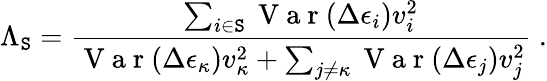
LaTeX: \Lambda_{\mathtt{S}}=\frac{{\sum_{i\in\mathtt{S}}\mathrm{{~V~a~r~}}(\Delta\epsilon_{i})v_{i}^{2}}}{{\mathrm{{~V~a~r~}}(\Delta\epsilon_{\kappa})v_{\kappa}^{2}+\sum_{j\neq\kappa}\mathrm{{~V~a~r~}}(\Delta\epsilon_{j})v_{j}^{2}}}\; .